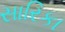
સારિકા